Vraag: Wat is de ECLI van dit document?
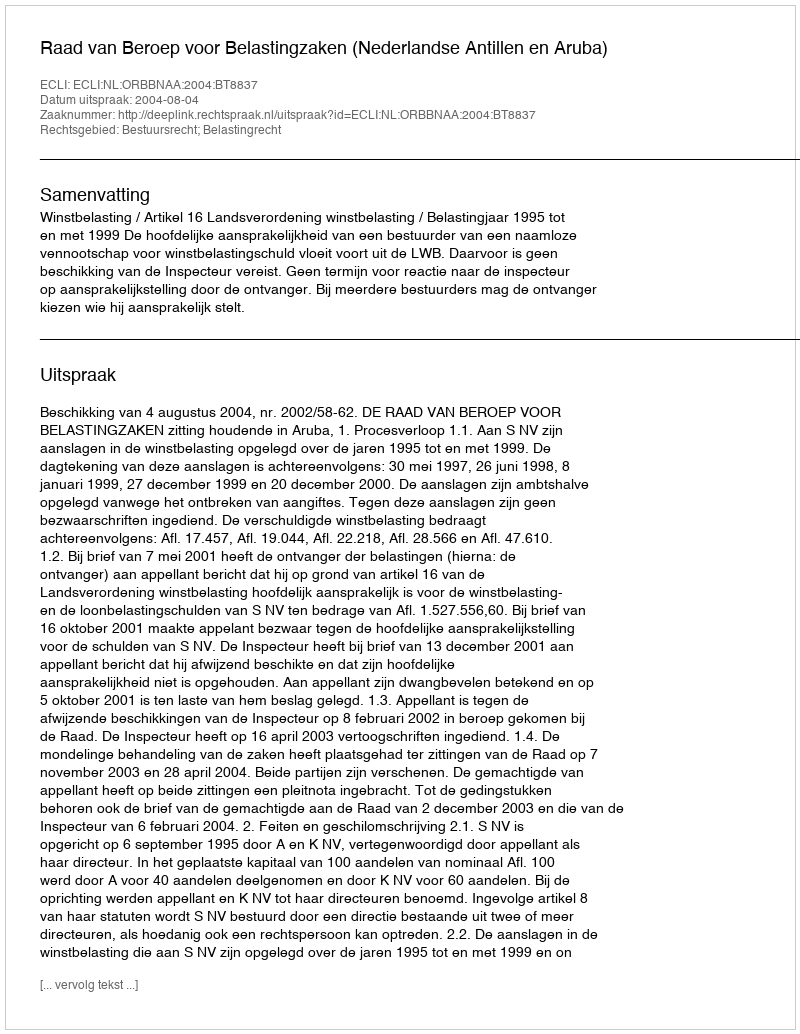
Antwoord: ECLI:NL:ORBBNAA:2004:BT8837